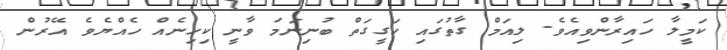
ކަމީލާ ހައިރާންވިއެވެ. ލިއަމް ގާތުގައި ހަގީގަތް ބުނިނަމަ ވާނީ ކިހިނެއް ހެއްޔެވެ އޭރުން